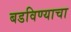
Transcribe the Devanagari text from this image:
बडविण्याचा